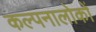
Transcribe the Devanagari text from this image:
कल्पनालोकों